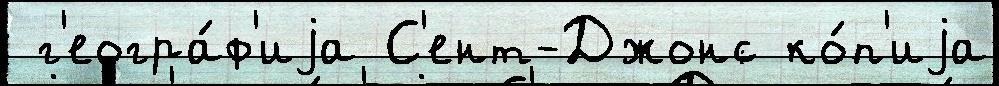
 г'еогра́ф'иjа С'ент-Джонс ко́п'иjа